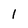
Character: 1